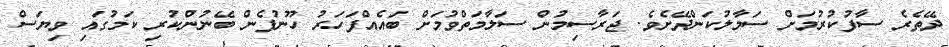
ދޭތެރެ ސާފުކުރުމަށް ސަމާލުކަންދޭށެވެ. ޖަރާސިމުން ސަލާމަތްވުމަށް ބައެއްފަހަރު ހޫނުފެން ބޭނުންކުރި ކަމުގައި ވިޔަސް